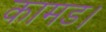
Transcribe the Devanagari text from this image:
कामड।